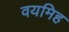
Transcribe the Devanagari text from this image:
वयमिह